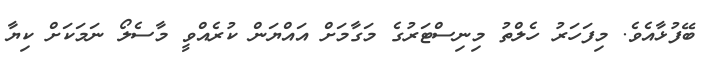
ބޭފުޅާއެވެ. މިފަހަރު ހެލްތު މިނިސްޓަރުގެ މަގާމަށް އައްޔަން ކުރެއްވީ މާސެލޯ ނަމަކަށް ކިޔާ